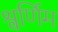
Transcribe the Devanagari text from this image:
श्वर्णिम